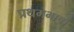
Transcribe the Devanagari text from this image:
प्रथमभाषा